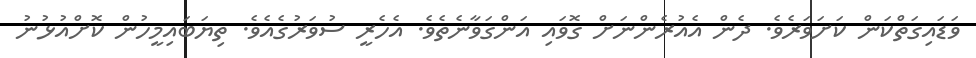
ވަޑައިގަތްކަން ކަށަވަރެވެ. ދެން އެއުރެންނަށް ގޮވައި އަންގަވާނެތެވެ. އެހެރީ ސުވަރުގެއެވެ. ތިޔަބަައިމީހުން ކޮށްއުޅުނު